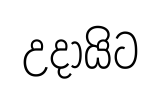
උදායිට